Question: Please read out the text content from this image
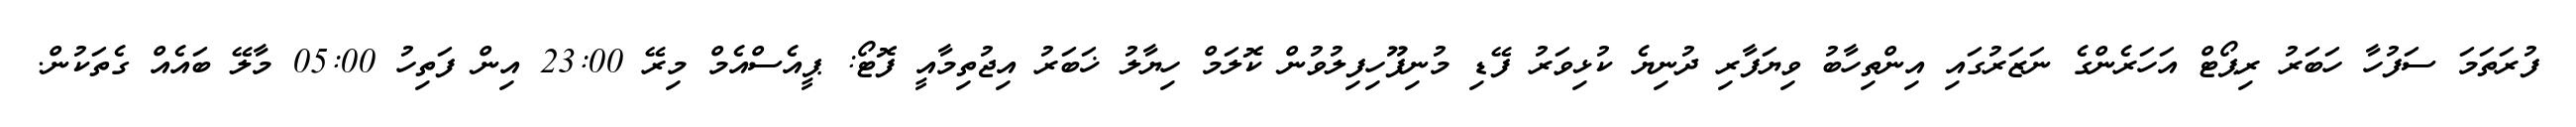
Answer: ފުރަތަމަ ސަފުހާ ހަބަރު ރިޕޯޓް އަހަރެންގެ ނަޒަރުގައި އިންތިހާބު ވިޔަފާރި ދުނިޔެ ކުޅިވަރު ފޭޑި މުނިފޫހިފިލުވުން ކޮލަމް ހިޔާލު ޚަބަރު އިޖުތިމާއީ ފޮޓޯ: ޕީއެސްއެމް މިރޭ 23:00 އިން ފަތިހު 05:00 މާލޭ ބައެއް ގެތަކުން.